Document type: Sale
Year: 1430
Scribe: [Unknown]
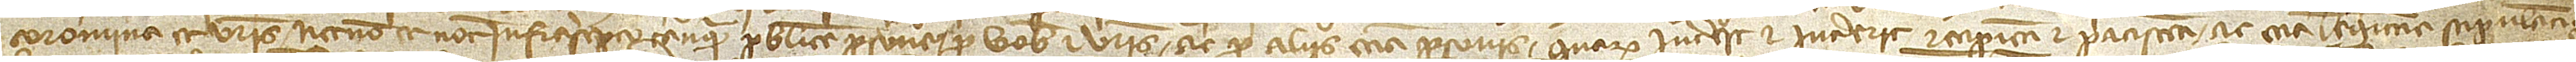
Coromina et vestris necnon et notario infrascripto tanquam publice persone pro vobis et vestris ac pro aliis etiam personis quarum interest et intererit recipienti et paciscenti ac etiam legittime stipulanti. [Actum est]